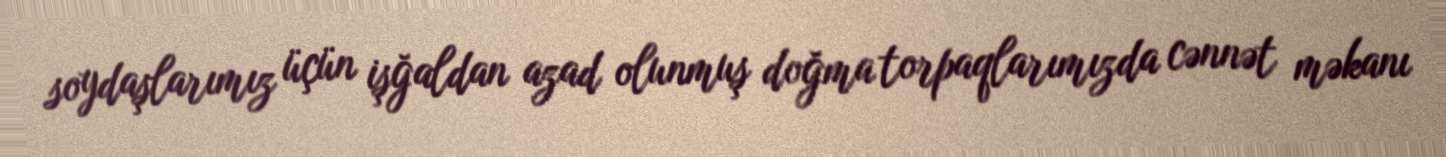
soydaşlarımız üçün işğaldan azad olunmuş doğma torpaqlarımızda cənnət məkanı